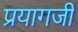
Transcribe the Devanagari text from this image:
प्रयागजी